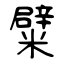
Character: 糪